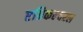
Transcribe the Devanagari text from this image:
एग्रिकल्चरल